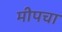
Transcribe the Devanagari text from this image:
मीपचा